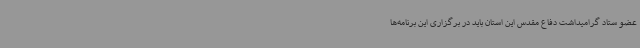
عضو ستاد گرامیداشت دفاع مقدس این استان باید در برگزاری این برنامه‌ها